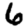
Digit: 6